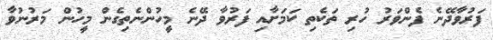
ފަރުވާދޭނެ ފެންވަރު ހުރި ތަކެތި ކަމަށާއި ފަރުވާ ދޭނެ މީހުންނެތިގެން މީހުން މަރުނުވާ